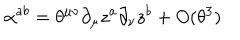
\alpha ^ { a b } = \theta ^ { \mu \nu } \partial _ { \mu } z ^ { a } \partial _ { \nu } z ^ { b } + O ( \theta ^ { 3 } )